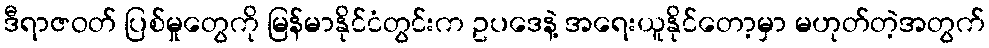
ဒီရာဇဝတ် ပြစ်မှုတွေကို မြန်မာနိုင်ငံတွင်းက ဥပဒေနဲ့ အရေးယူနိုင်တော့မှာ မဟုတ်တဲ့အတွက်